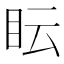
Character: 眃